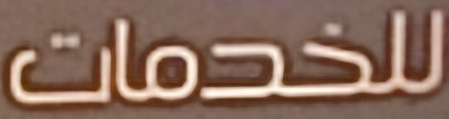
للخدمات